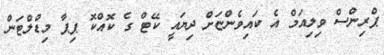
ޕްރިންސް ވިލިއަމް އެ ކައިވެންޏަށް ދިޔައީ ކޭޓް ގެ ކޮއްކޮ ޕިޕާ މިޑްލްޓަން